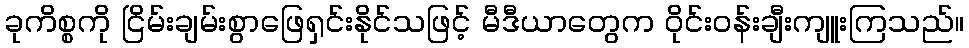
ခုကိစ္စကို ငြိမ်းချမ်းစွာဖြေရှင်းနိုင်သဖြင့် မီဒီယာတွေက ဝိုင်းဝန်းချီးကျူးကြသည်။